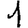
Digit: 1